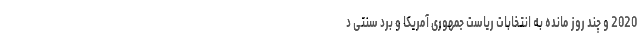
2020 و چند روز مانده به انتخابات ریاست جمهوری آمریکا و برد سنتی د